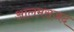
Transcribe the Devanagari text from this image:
आलमसजद